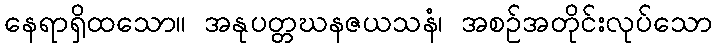
နေရာရှိထသော။ အနုပတ္တဃနဇယသနံ၊ အစဉ်အတိုင်းလုပ်သော